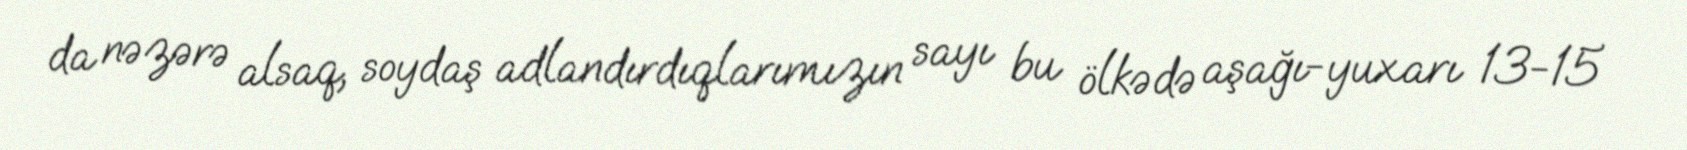
da nəzərə alsaq, soydaş adlandırdıqlarımızın sayı bu ölkədə aşağı-yuxarı 13-15